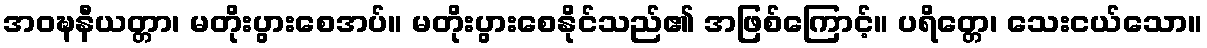
အဝဍ္ဎနီယတ္တာ၊ မတိုးပွားစေအပ်။ မတိုးပွားစေနိုင်သည်၏ အဖြစ်ကြောင့်။ ပရိတ္တေ၊ သေးငယ်သော။